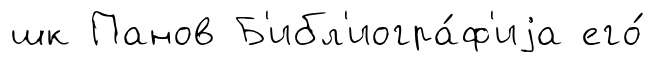
шк Панов Б'ибл'иогра́ф'иjа его́